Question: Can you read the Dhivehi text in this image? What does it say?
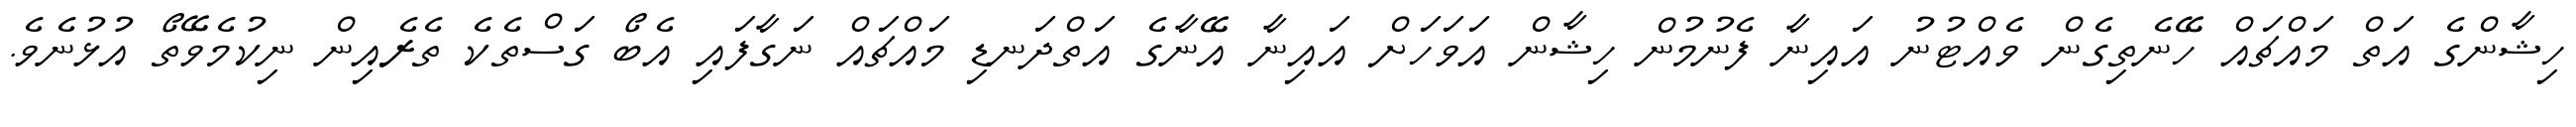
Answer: ހިޝާންގެ އަތް މައްޗައް ހޭނެތިގެން ވެއްޓުނު އައިނާ ފެނުމުން ހިޝާން އަވަހަށް އައިނާ އޭނާގެ އަތްދަނޑި މައްޗައް ނަގާފައި އެބޯ ގަސްތެކެ ތެރެއިން ނިކުމެވޭތޯ އުޅުނެވެ.